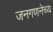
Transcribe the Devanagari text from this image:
जनगणनेच्य